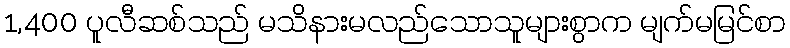
1,400 ပူလီဆစ်သည် မသိနားမလည်သောသူများစွာက မျက်မမြင်စာ